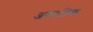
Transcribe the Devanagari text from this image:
अकालिक